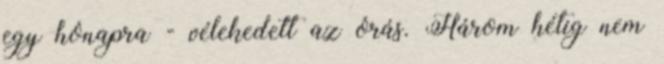
egy hónapra - vélekedett az órás. Három hétig nem